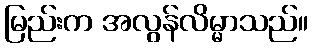
မြည်းက အလွန်လိမ္မာသည်။